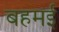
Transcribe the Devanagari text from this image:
बहमई